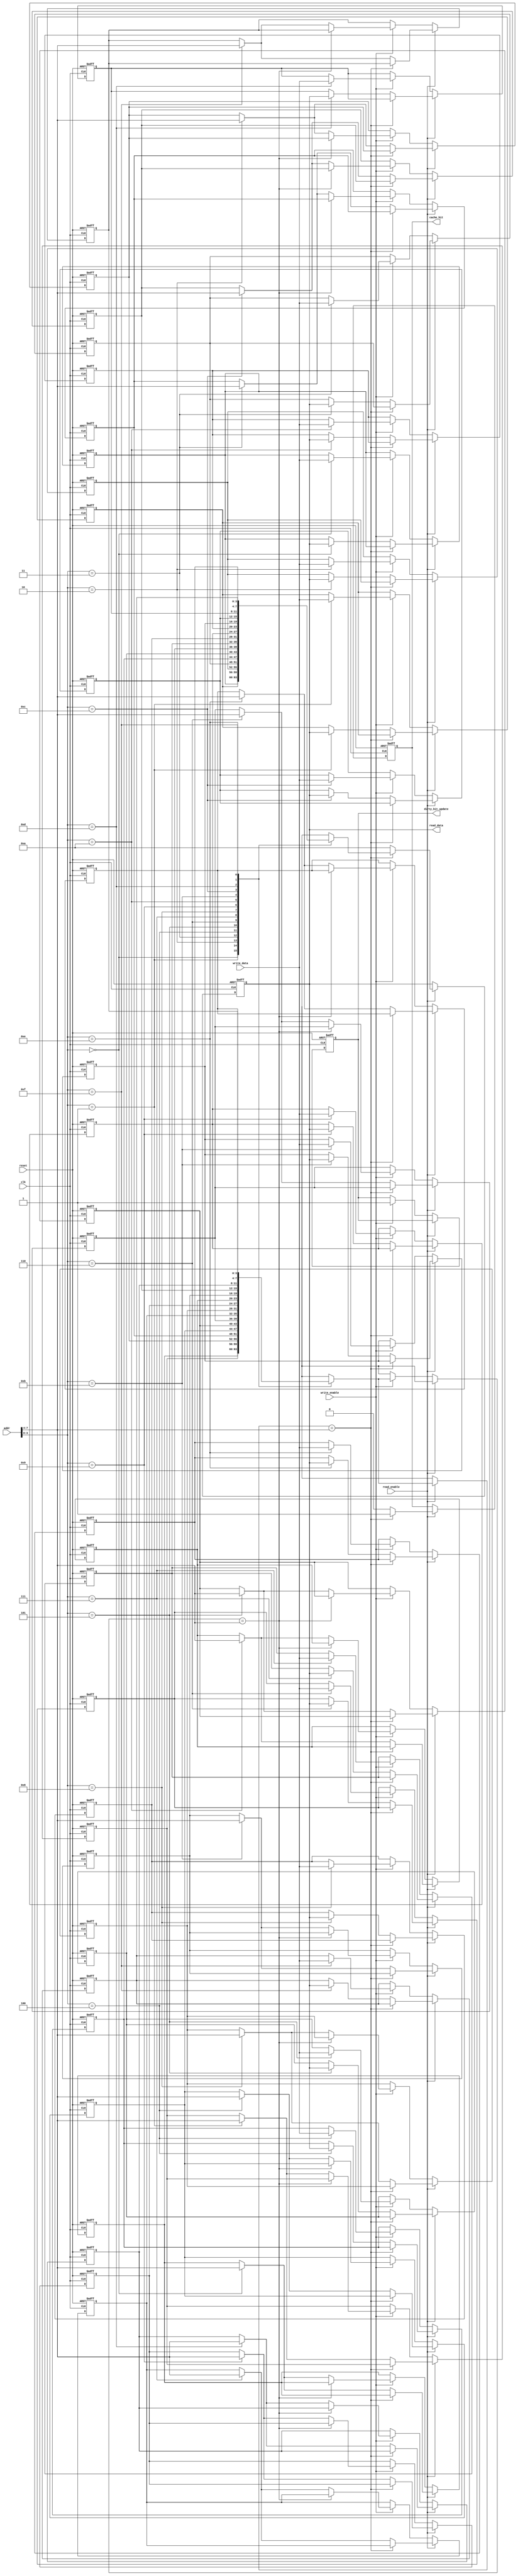
module WriteBackCache #(
    parameter CACHE_SIZE = 16,     // Number of cache lines
    parameter BLOCK_SIZE = 4,       // Number of bytes per cache line
    parameter ADDR_WIDTH = 8         // Address width
)(
    input  wire                  clk,
    input  wire                  reset,
    input  wire                  read_enable,
    input  wire                  write_enable,
    input  wire [ADDR_WIDTH-1:0] addr,          // Address input
    input  wire [BLOCK_SIZE-1:0] write_data,    // Data to write
    output reg  [BLOCK_SIZE-1:0] read_data,     // Data read from cache
    output reg                   cache_hit,       // Cache hit flag
    output reg                   dirty_bit_update  // Dirty bit update signal
);

    // Cache structure
    reg [BLOCK_SIZE-1:0] cache_memory [0:CACHE_SIZE-1]; // Cache memory array
    reg [ADDR_WIDTH - $clog2(CACHE_SIZE)-1:0] tag_store [0:CACHE_SIZE-1]; // Tag store
    reg dirty_bits [0:CACHE_SIZE-1]; // Dirty bits for each line

    // Internal variables
    reg [ADDR_WIDTH - $clog2(CACHE_SIZE)-1:0] tag;
    reg [$clog2(CACHE_SIZE)-1:0] index; // Index for cache line
    reg [$clog2(CACHE_SIZE)-1:0] i; // Loop variable
    reg cache_miss; // Cache miss flag

    always @(posedge clk or posedge reset) begin
        if (reset) begin
            // Initialization
            for (i = 0; i < CACHE_SIZE; i = i + 1) begin
                cache_memory[i] <= 0;
                tag_store[i] <= 0;
                dirty_bits[i] <= 0;
            end
            read_data <= 0;
            cache_hit <= 0;
            dirty_bit_update <= 0;
        end else begin
            // Extract tag and index from address
            tag = addr[ADDR_WIDTH-1:$clog2(CACHE_SIZE)];
            index = addr[$clog2(CACHE_SIZE)-1:0];

            // Handle read operation
            if (read_enable) begin
                if (tag_store[index] == tag) begin
                    // Cache hit
                    read_data <= cache_memory[index];
                    cache_hit <= 1;
                end else begin
                    // Cache miss
                    cache_hit <= 0;
                    // Fetch from main memory (simulate)
                    // In real design, you would fetch the block from memory here
                    read_data <= 8'hAA;  // Simulated data
                    // Load cache
                    cache_memory[index] <= read_data;
                    tag_store[index] <= tag;
                    dirty_bits[index] <= 0; // Mark as clean
                end
            end else if (write_enable) begin
                if (tag_store[index] == tag) begin
                    // Cache hit for write
                    cache_memory[index] <= write_data;
                    dirty_bits[index] <= 1; // Set dirty bit
                    dirty_bit_update <= 1; // Indicate dirty bit update
                end else begin
                    // Cache miss for write
                    // Write back if it is dirty
                    if (dirty_bits[index]) begin
                        // Write back to main memory (simulate)
                        // In real design, you would write the block back to memory here
                    end
                    // Load new data into cache
                    cache_memory[index] <= write_data;
                    tag_store[index] <= tag;
                    dirty_bits[index] <= 1; // Set dirty bit
                    dirty_bit_update <= 1; // Indicate dirty bit update
                end
            end
        end
    end
endmodule